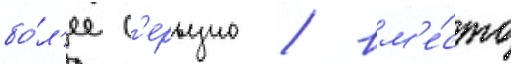
бо́л'ее с'ерьезно / вм'е́сто